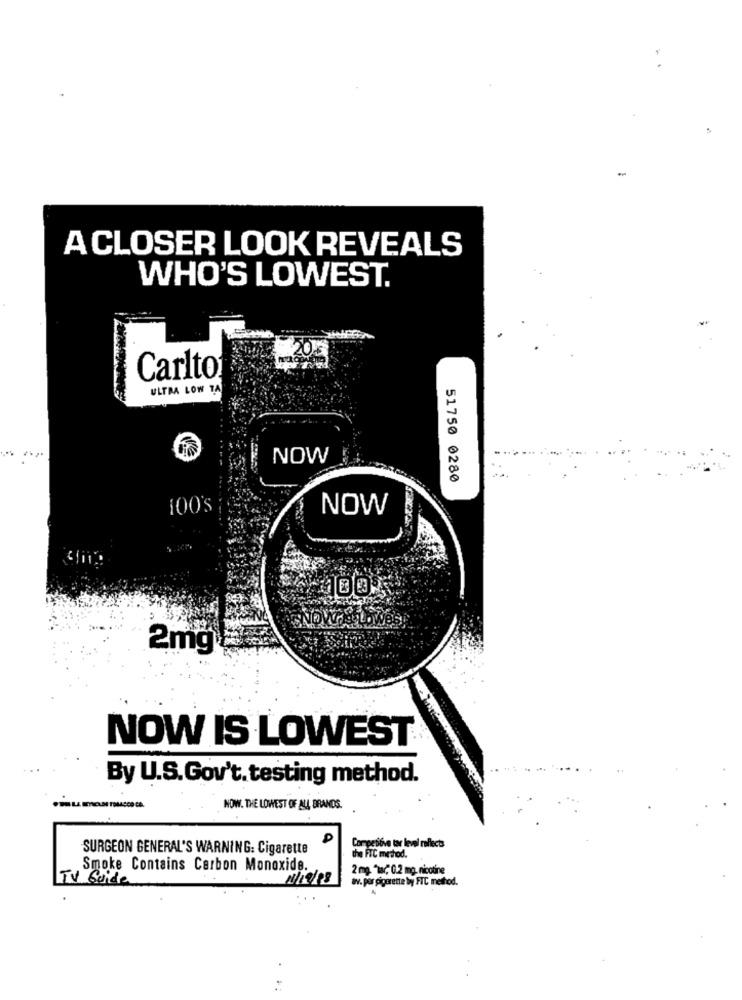
-
A CLOSER LOOK REVEALS
WHO'S LOWEST.
Carlto:
ULTRA LOW TA
NOW
51750 0280
100'S
NOW
2mg
NOW IS LOWEST
By U.S.Gov't.testing method.
NOW. THE LOWEST OF ALL BRANDS.
SURGEON GENERAL'S WARNING: Cigarette
Competitive tar level reflects
the FIC method.
Smoke Contains Carbon Monoxide.
2 mg. "Tar, 0.2 mg. nicotine
TV Guide
1/19/98
av. per pignrette by FIC method.